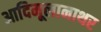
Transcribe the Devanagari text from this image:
आदिमूलानाथर